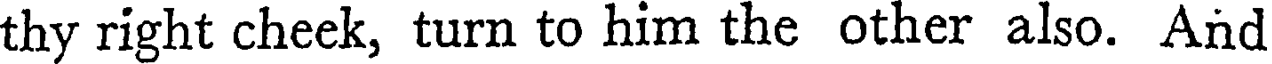
thy right cheek, turn to him the other also. And